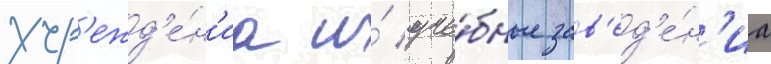
учр'ежд'е́н'иа и́ уче́бные зав'ед'е́н'иа